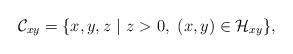
LaTeX: \begin{align*} \left. \begin{array}{l l}\mathcal{C}_{xy} =\{ x,y,z \ | \ z>0, \ (x,y) \in \mathcal{H}_{xy} \}, \end{array} \right. \end{align*}